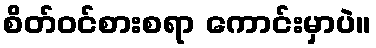
စိတ်ဝင်စားစရာ ကောင်းမှာပဲ။